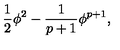
\frac { 1 } { 2 } \phi ^ { 2 } - \frac { 1 } { p + 1 } \phi ^ { p + 1 } ,